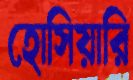
হোসিয়ারি